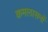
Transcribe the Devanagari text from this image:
कमलासनों